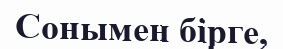
Сонымен бірге,